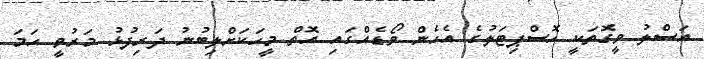
އަސްލު ވީގޮތަކީ ހޮސްޕިޓަލުގެ އެހެން ވޯޑެއްގައި އޮތް މީހަކަށްލިބުނު ދަރިފުޅު މަރުވީ ހަމަ